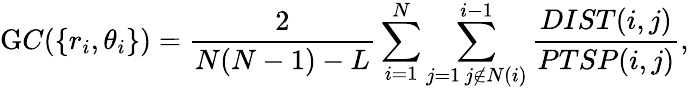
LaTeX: {\mathrm GC}(\{ r_{i},\theta_{i}\} )=\frac{2}{N(N-1)-L}\sum_{i=1}^{N}\sum_{\substack{j=1\, j\notin N(i)}}^{i-1}\frac{DIST(i,j)}{PTSP(i,j)},